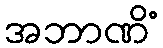
အဘာဏိံ